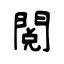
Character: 閱